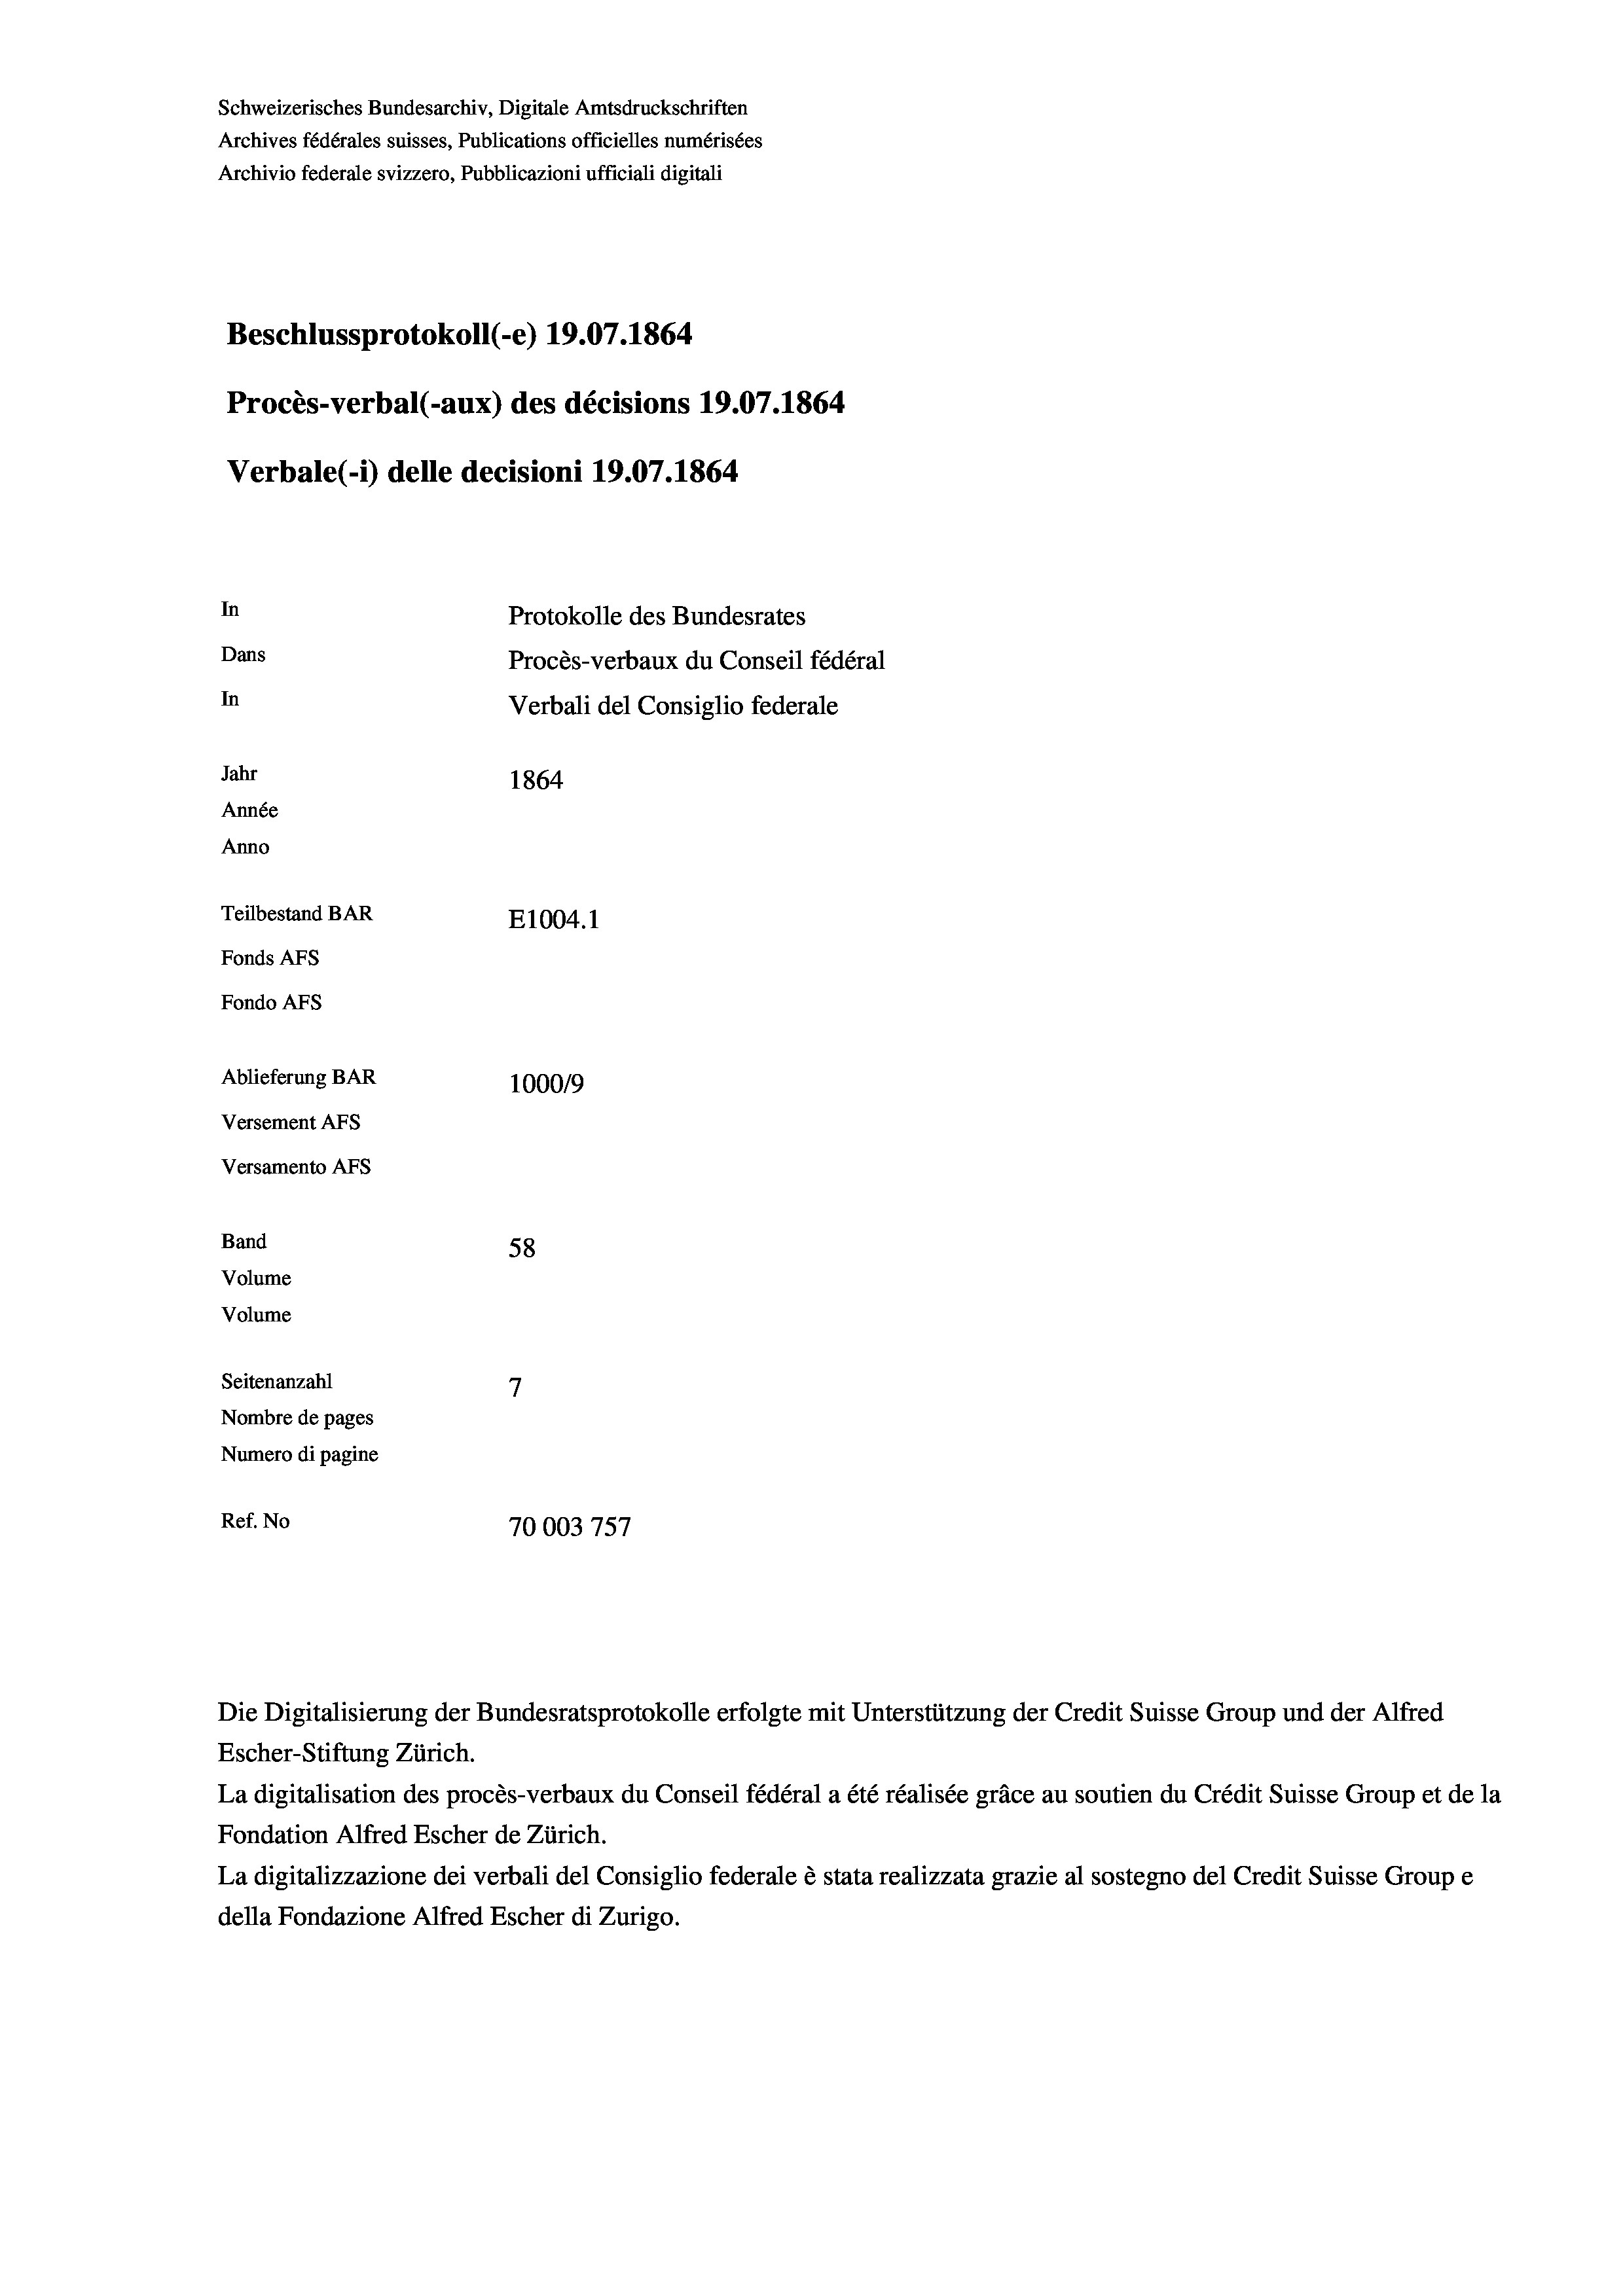
Schweizerisches Bundesarchiv, Digitale Amtsdruckschriften
Archives fédérales suisses, Publications officielles numérisées
Archivio federale svizzero, Pubblicazioni ufficiali digitali
Beschlussprotokoll (-e) 19.07. 1864
Procès-verbal (-aux) des décisions 19.07. 1864
Verbale (i) delle decisioni 1907. 1864
In
Protokolle des Bundesrates
Dans
Procès-verbaux du Conseil fédéral
In
Verbali del Consiglio federale
Jahr
1864
Année
Anno
Teilbestand BAR
E1004. 1
Fonds Afs
Fondo AFs

Ablieferung BAR
Versement AFS
Versamento AFs
Band
Volume
Volume
Seitenanzahl

100019
58
7
Nombre de pages
Numero di pagine
Ref. No
70003757

Escher-Stiftung Zürich.
La digitalisation des procès-verbaux du Conseil fédéral a été réalisée gräce au soutien du Crédit Suisse Group et de la
Fondation Alfred Escher de Zürich.
La digitalizzazione dei verbali del Consiglio federale è stata realizzata grazie al sostegno del Credit Suisse Groupe
della Fondazione Alfred Escher di Zurigo.

Die Digitalisierung der Bundesratsprotokolle erfolgte mit Unterstützung der Credit Suisse Group und der Alfred